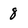
Character: 8